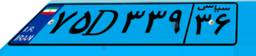
۷۵D۳۳۹۳۶